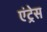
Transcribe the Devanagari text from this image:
एंट्रेस